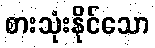
စားသုံးနိုင်သော